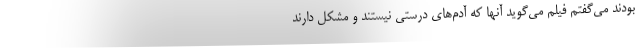
بودند می‌گفتم فیلم می‌گوید آنها که آدم‌های درستی نیستند و مشکل دارند